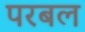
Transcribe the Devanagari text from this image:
परबल